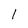
Character: 1